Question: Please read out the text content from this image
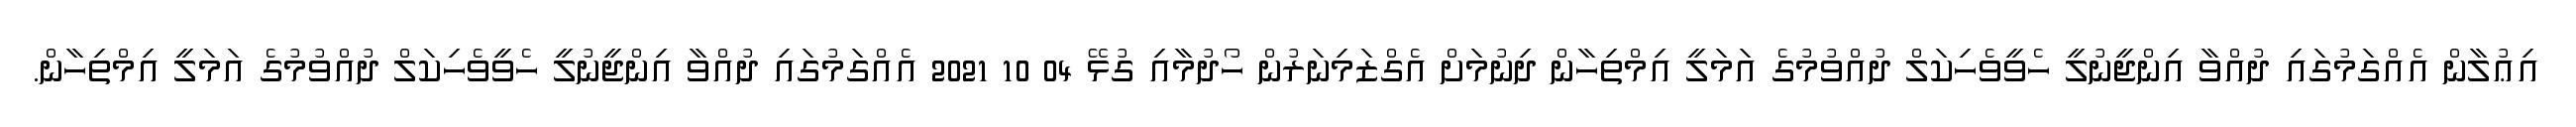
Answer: އިޢުލާން އެއްގަމުގައި ދުއްވާ އިންޖީނުލީ ހެވީވެހިކަލް ދުއްވުމުގެ އަމަލީ އިމްތިހާން ދިނުމަށް އެގްޒަމިނަރުން ހޯދުމާއި ގުޅޭ 04 10 2021 އެއްގަމުގައި ދުއްވާ އިންޖީނުލީ ހެވީވެހިކަލް ދުއްވުމުގެ އަމަލީ އިމްތިހާން.